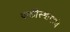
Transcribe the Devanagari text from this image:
पाकीस्थांमध्ये